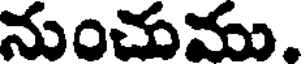
నుంచుము.